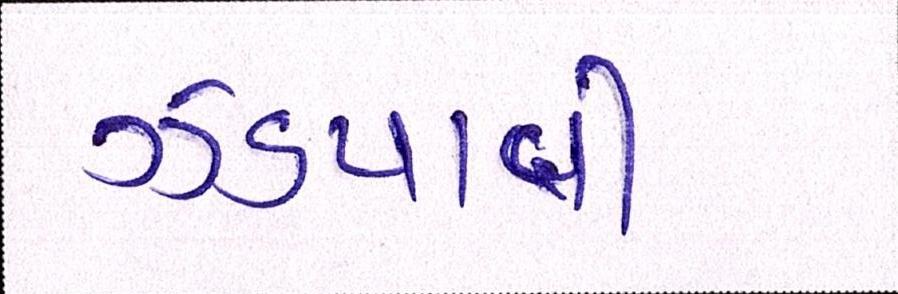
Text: ઝડપાવી